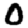
Digit: 0